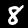
Digit: 8